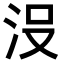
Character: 𣳚